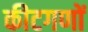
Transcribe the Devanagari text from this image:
कीटगणों